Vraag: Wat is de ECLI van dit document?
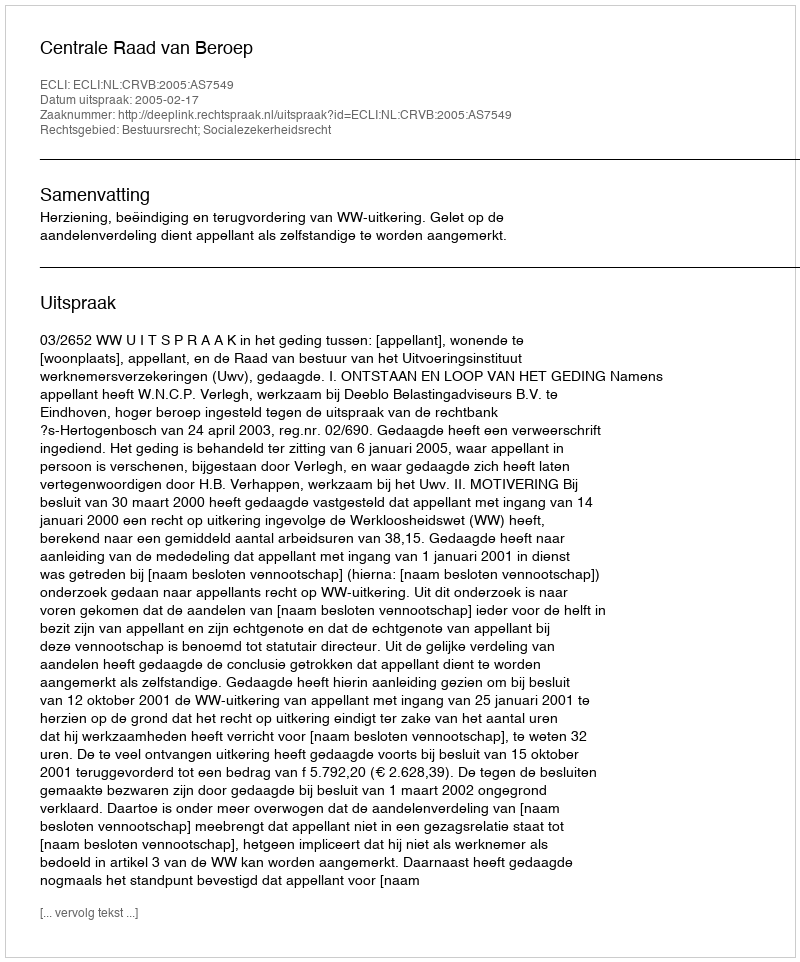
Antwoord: ECLI:NL:CRVB:2005:AS7549